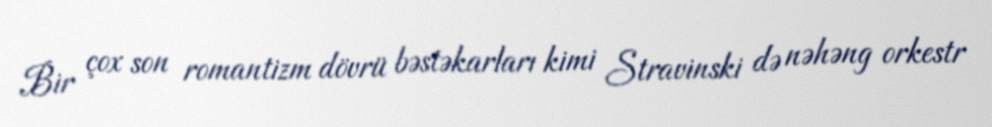
Bir çox son romantizm dövrü bəstəkarları kimi Stravinski də nəhəng orkestr